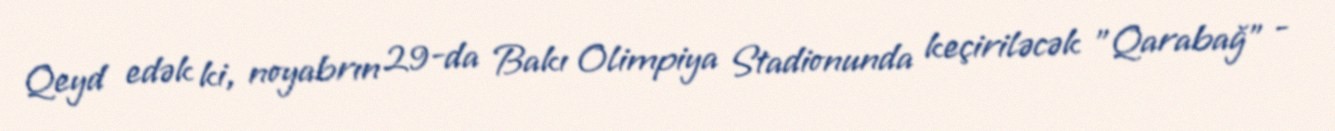
Qeyd edək ki, noyabrın 29-da Bakı Olimpiya Stadionunda keçiriləcək "Qarabağ" -